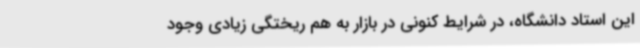
این استاد دانشگاه، در شرایط کنونی در بازار به هم ریختگی زیادی وجود